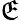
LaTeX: \mathfrak{E}